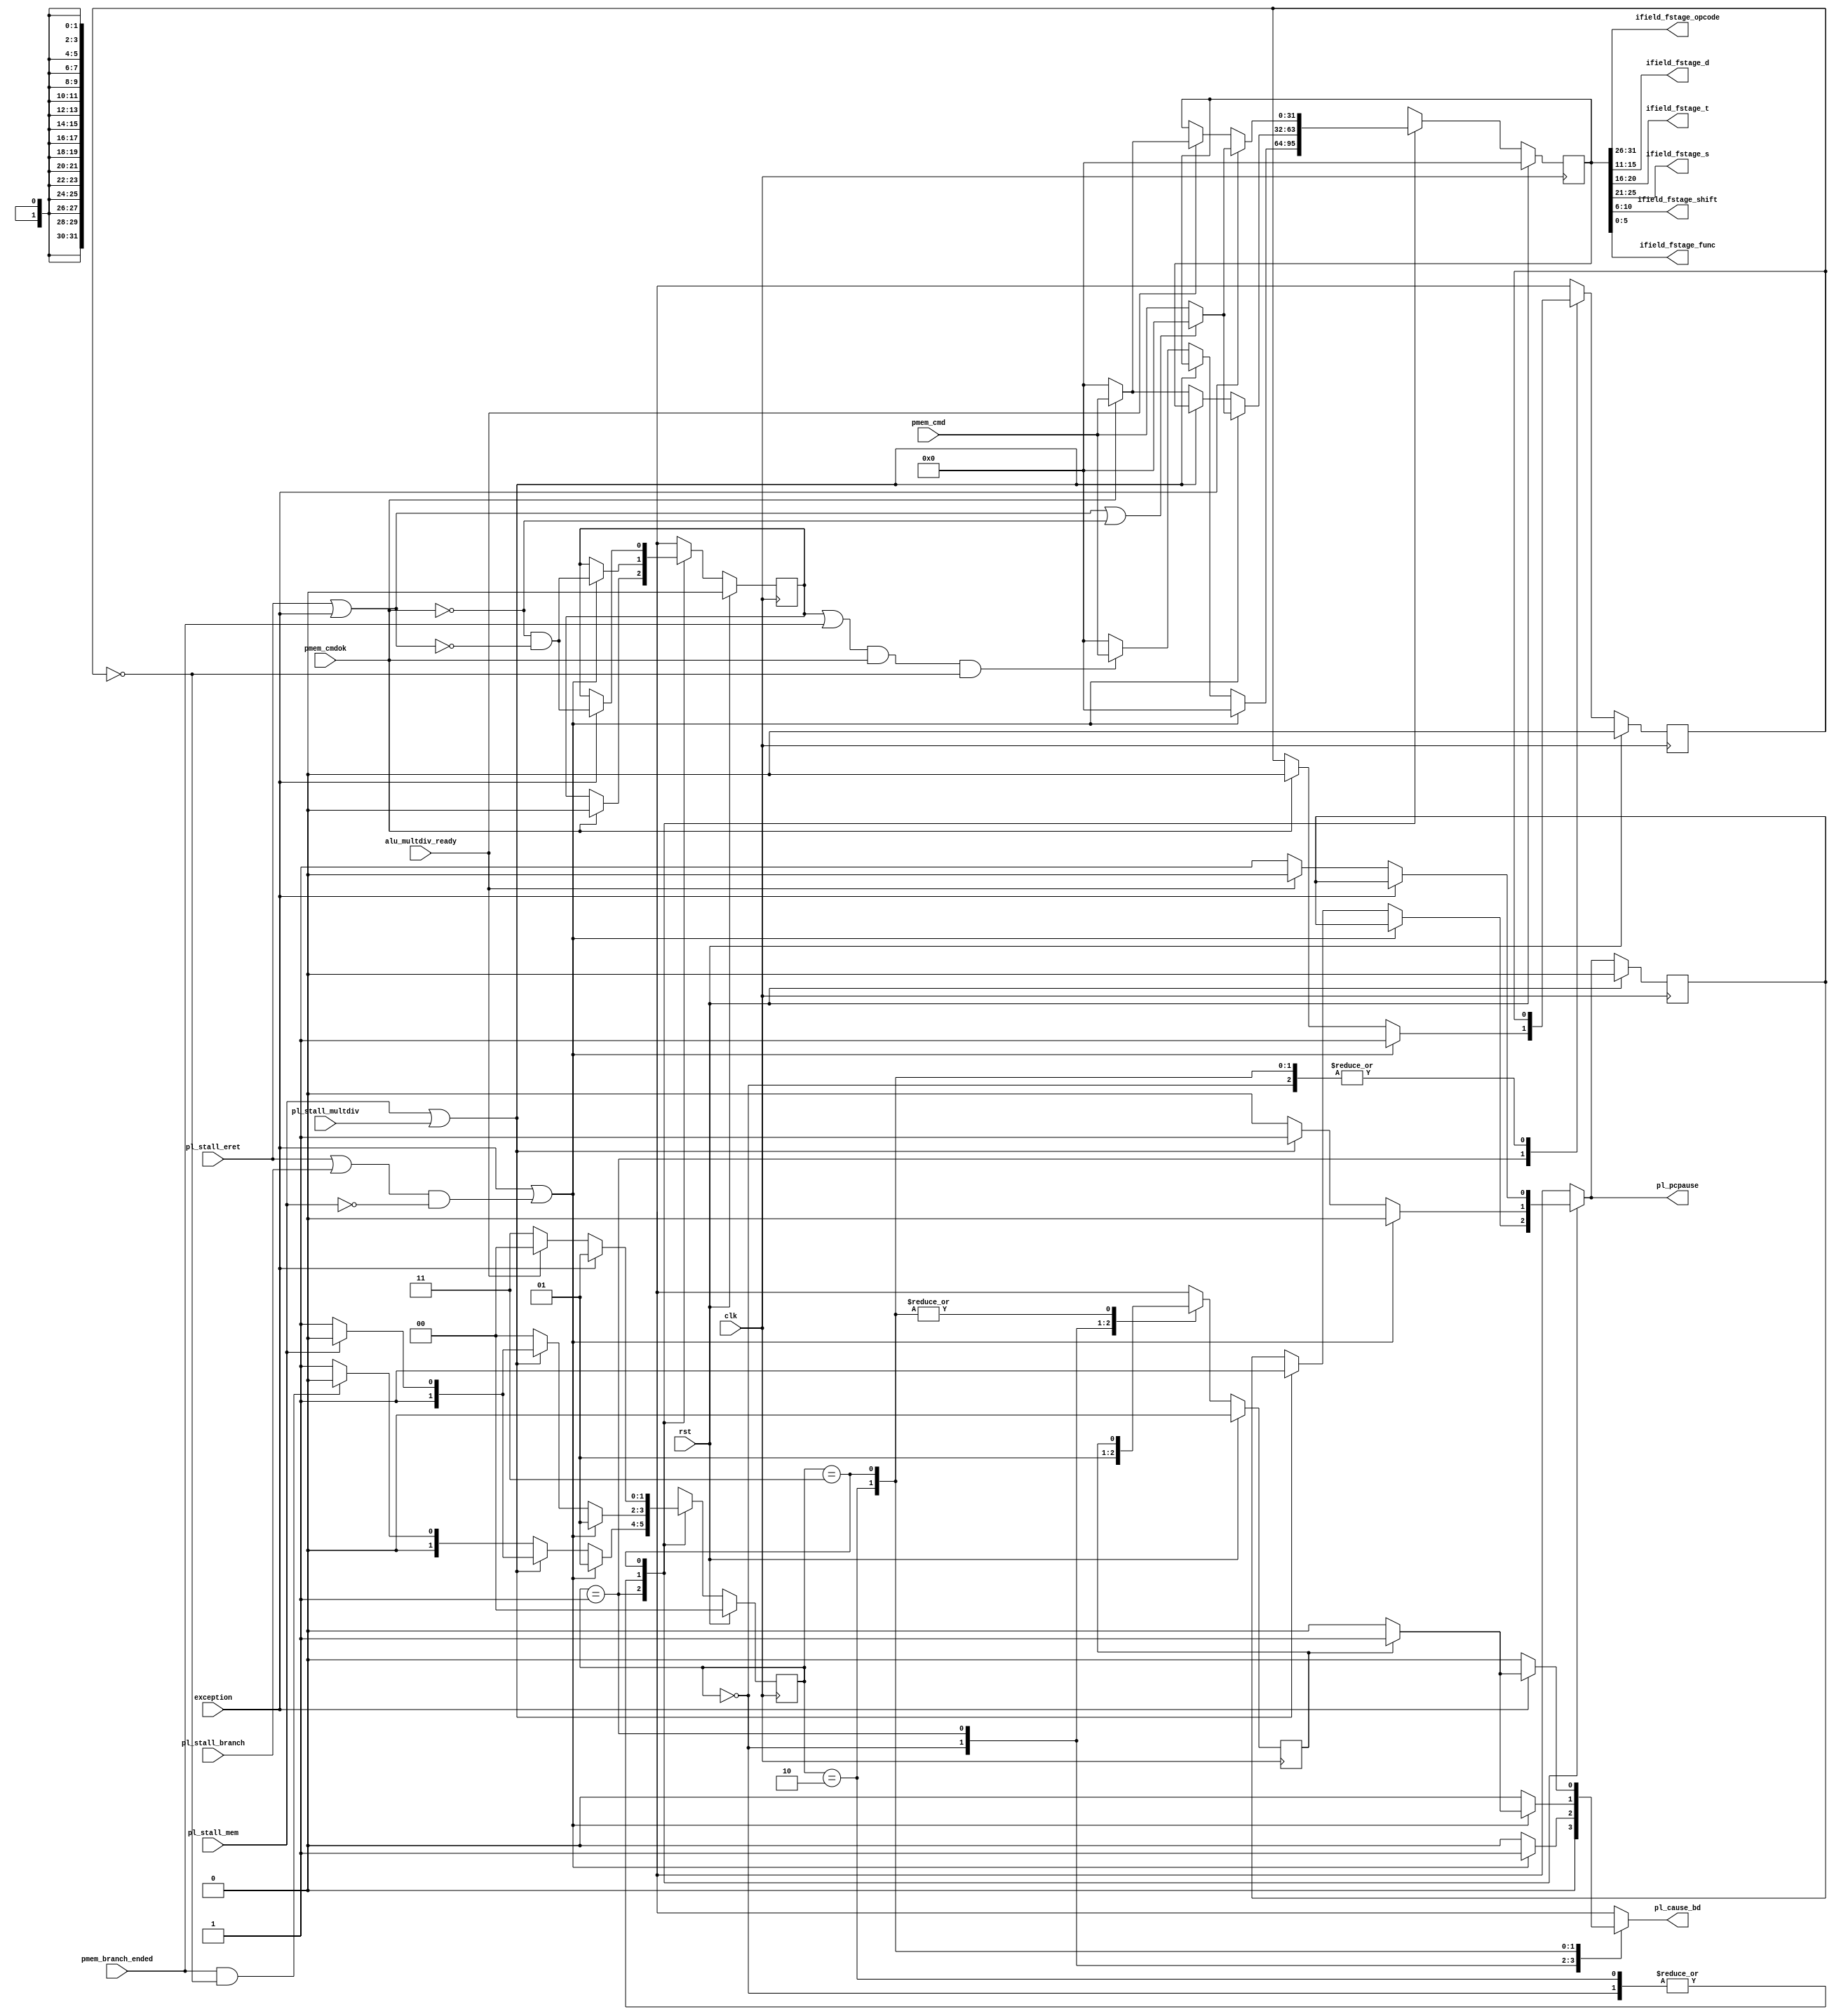
/*------------------------------------------------------------------------------

Purpose

  Pipeline: ontrol sequence of instructions. All instructions have two stages:
    1) Fetch;
    2) Execute.

  Branch instructions may have additional stage:
    3) Memory issue instruction of branch address.

  Memory instructions additional stages defined by Wishbone interface and
  pipeline will be stallen (pl_stall_mem) until ending memory operation.

  Multiply and divide instructions stall pipeline (pl_stall_multdiv) until
  endinding of calculation.

------------------------------------------------------------------------------*/
module mips_pipeline    (
                        input             clk,
                        input             rst,

                        input             pl_stall_mem,
                        input             pl_stall_branch,
                        input             pl_stall_multdiv,
                        input             pl_stall_eret,
                        input             exception,

                        output[5:0]       ifield_fstage_opcode,
                        output[4:0]       ifield_fstage_d,
                        output[4:0]       ifield_fstage_t,
                        output[4:0]       ifield_fstage_s,
                        output[4:0]       ifield_fstage_shift,
                        output[5:0]       ifield_fstage_func,

                        input             pmem_cmdok,
                        input[31:0]       pmem_cmd,
                        input             pmem_branch_ended,

                        input             alu_multdiv_ready,

                        output reg        pl_cause_bd,
                        output reg        pl_pcpause
                        );




  reg[31:0]   pl_instr_fstage;
  reg[31:0]   pl_instr_fstage_d;
  reg[1:0]    cpu_state;
  reg[1:0]    cpu_state_d;

  reg         pl_pcpause_d;
  reg         instr_next;
  reg         instr_next_d;
  reg         pl_branch_excpt;
  reg         pl_branch_excpt_d;
  reg         branch_stall_was;
  reg         branch_stall_was_d;
  localparam  NORMAL=         2'b00,
              STALL_BRANCH=   2'b01,
              STALL_MEM=      2'b10,
              STALL_MULTDIV=  2'b11;




  assign ifield_fstage_opcode= pl_instr_fstage_d[31:26];
  assign ifield_fstage_s= pl_instr_fstage_d[25:21];
  assign ifield_fstage_t= pl_instr_fstage_d[20:16];
  assign ifield_fstage_d= pl_instr_fstage_d[15:11];
  assign ifield_fstage_shift= pl_instr_fstage_d[10:6];
  assign ifield_fstage_func= pl_instr_fstage_d[5:0];

  always @*
  begin
  pl_instr_fstage= pmem_cmd;
  cpu_state= NORMAL;
  instr_next= instr_next_d;
  pl_pcpause= pl_pcpause_d;
  branch_stall_was= branch_stall_was_d;
  pl_cause_bd= 1'b0;
  pl_branch_excpt= pl_branch_excpt_d;

  case(cpu_state_d)
  NORMAL:
    begin
    pl_pcpause= 1'b0;
    branch_stall_was= 1'b0;
    if(exception | ((pl_stall_eret | pl_stall_branch) & !pl_stall_mem))
      begin
      instr_next= !pmem_cmdok & !(pl_stall_eret | exception);
                  //DELAY SLOT HOW NOP
      pl_instr_fstage= pl_stall_eret | exception | !pmem_cmdok ? 32'd0 :
                       pmem_cmd;
      cpu_state= STALL_BRANCH;
      end
    else if(pl_stall_mem | pl_stall_multdiv)
      begin
      pl_pcpause= 1'b1;
      pl_instr_fstage= pl_instr_fstage_d;
      cpu_state= pl_stall_mem ? STALL_MEM : STALL_MULTDIV;
      end
    else if(!pmem_cmdok) pl_instr_fstage= 32'd0;
    end
  STALL_BRANCH:
    begin
    branch_stall_was= 1'b1;
    if(pmem_cmdok)
      begin
      instr_next= 1'b0;
      pl_branch_excpt= 1'b0;
      end

    if(exception | ((pl_stall_eret | pl_stall_branch) & !pl_stall_mem))
      begin
      pl_instr_fstage= 32'd0;
      pl_cause_bd= 1'b1;
      pl_branch_excpt= 1'b1;
      cpu_state= STALL_BRANCH;
      end
    else if(pl_stall_mem | pl_stall_multdiv)
      begin
      pl_pcpause= 1'b1;
      pl_instr_fstage= pl_instr_fstage_d;
      cpu_state= pl_stall_mem ? STALL_MEM : STALL_MULTDIV;
      end
    else
      begin
      pl_instr_fstage= (instr_next_d | pmem_branch_ended) &
                       pmem_cmdok  & !pl_branch_excpt_d ? pmem_cmd : 32'd0;
      cpu_state= pmem_branch_ended & !pl_branch_excpt_d ? NORMAL : STALL_BRANCH;
      end
    end
  STALL_MEM:
    begin
    if(exception | ((pl_stall_eret | pl_stall_branch) & !pl_stall_mem))
      begin
      pl_pcpause= 1'b0;
      if(branch_stall_was_d) pl_cause_bd= 1'b1;
      instr_next= !pmem_cmdok & !(pl_stall_eret | exception);
                  //DELAY SLOT HOW NOP
      pl_instr_fstage= pl_stall_eret | exception | !pmem_cmdok ? 32'd0 :
                       pmem_cmd;
      cpu_state= STALL_BRANCH;
      end
    else if(pl_stall_mem | pl_stall_multdiv)
      begin
      pl_pcpause= 1'b1;
      pl_instr_fstage= pl_instr_fstage_d;
      cpu_state= pl_stall_mem ? STALL_MEM : STALL_MULTDIV;
      end
    else
      begin
      pl_pcpause= 1'b0;
      pl_instr_fstage= pmem_cmdok ? pmem_cmd : 32'd0;
      end
    end
  STALL_MULTDIV:
    begin
    if(exception)
      begin
      if(branch_stall_was_d) pl_cause_bd= 1'b1;
      instr_next= !pmem_cmdok & !(pl_stall_eret | exception);
                  //DELAY SLOT HOW NOP
      pl_instr_fstage= pl_stall_eret | exception | !pmem_cmdok ? 32'd0 :
                       pmem_cmd;
      cpu_state= STALL_BRANCH;
      end
    else
      begin
      if(!alu_multdiv_ready)
        begin
        pl_pcpause= 1'b1;
        pl_instr_fstage= pl_instr_fstage_d;
        cpu_state= STALL_MULTDIV;
        end
      else
        begin
        pl_pcpause= 1'b0;
        pl_instr_fstage= pmem_cmdok ? pmem_cmd : 32'd0;
        end
      end
    end
  endcase
  end

  always @(posedge clk)
  begin
  if(rst)
    begin
    instr_next_d<= 1'b0;
    pl_pcpause_d<= 1'b0;
    pl_branch_excpt_d<= 1'b0;
    branch_stall_was_d<= 1'b0;
    pl_instr_fstage_d<= 32'd0;
    cpu_state_d<= NORMAL;
    end
  else
    begin
    instr_next_d<= instr_next;
    pl_pcpause_d<= pl_pcpause;
    pl_branch_excpt_d<= pl_branch_excpt;
    branch_stall_was_d<= branch_stall_was;
    pl_instr_fstage_d<= pl_instr_fstage;
    cpu_state_d<= cpu_state;
    end
  end




endmodule